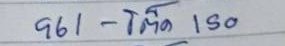
961 - โต๊ด 150